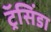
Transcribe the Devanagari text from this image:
ट्रॅसिंडा